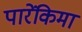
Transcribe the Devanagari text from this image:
पारेंकिमा